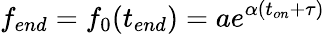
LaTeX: f_{end}=f_{0}(t_{end})=ae^{\alpha(t_{on}+\tau)}